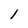
Character: 1